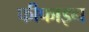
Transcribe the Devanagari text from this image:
फीफाइन